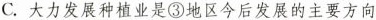
C.大力发展种植业是③地区今后发展的主要方向